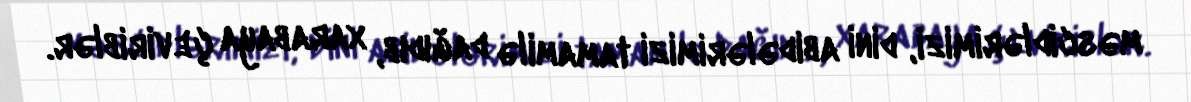
məscidlərimizi, dini abidələrimizi tamamilə dağıdıb, xarabaya çeviriblər.